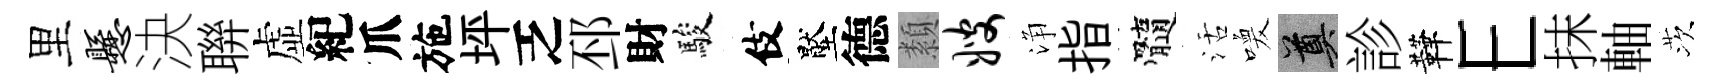
里悬決聨虚紀爪施坪乏邳財駿伎壓德纇嫂浄指髓活喚奠診鞾E抹軸茨